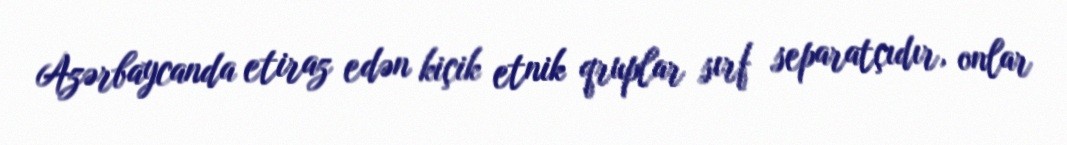
Azərbaycanda etiraz edən kiçik etnik qruplar sırf separatçıdır, onlar